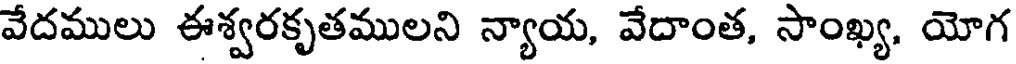
వేదములు ఈశ్వరకృతములని న్యాయ, వేదాంత, సాంఖ్య. యోగ